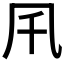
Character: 𠘴